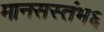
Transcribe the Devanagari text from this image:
मानसस्तंभ६